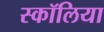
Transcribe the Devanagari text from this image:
स्कॉलिया